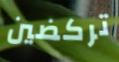
تركضين